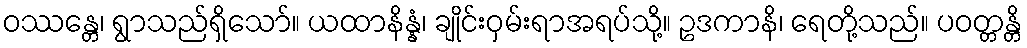
ဝဿန္တေ၊ ရွာသည်ရှိသော်။ ယထာနိန္နံ၊ ချိုင်းဝှမ်းရာအရပ်သို့။ ဥဒကာနိ၊ ရေတို့သည်။ ပဝတ္တန္တိ